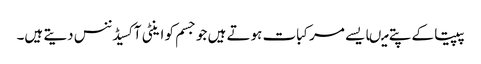
پپیتا کے پتے میںایسے مرکبات ہوتے ہیں جو جسم کو اینٹی آکسیڈننس دیتے ہیں۔